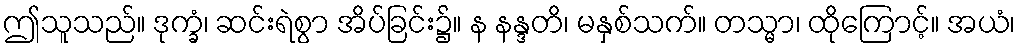
ဤသူသည်။ ဒုက္ခံ၊ ဆင်းရဲစွာ အိပ်ခြင်း၌။ န နန္ဒတိ၊ မနှစ်သက်။ တသ္မာ၊ ထိုကြောင့်။ အယံ၊